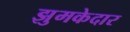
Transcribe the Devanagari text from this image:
झुमकेदार